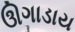
ઊગાડાય